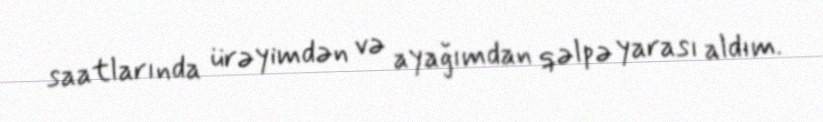
saatlarında ürəyimdən və ayağımdan qəlpə yarası aldım.